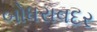
બોધરાવદર